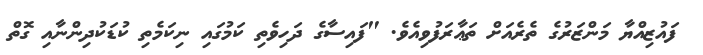
ފައުޒިއްޔާ މަންޒަރުގެ ތެރެއަށް ތަޢާރަފުވިއެވެ. "ފައިސާގެ ދަހިވެތި ކަމުގައި ނިކަމެތި ކުޑަކުދިންނާއި ގޮތް